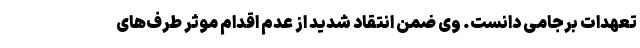
تعهدات برجامی دانست. وی ضمن انتقاد شدید از عدم اقدام موثر طرف‌های